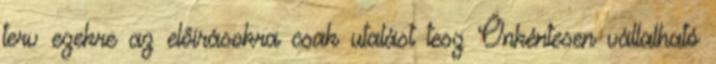
terv ezekre az előírásokra csak utalást tesz Önkéntesen vállalható